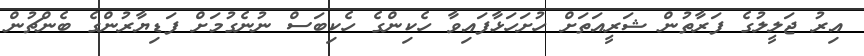
އިރު ޖަލީލުގެ ފަރާތުން ޝަރީއަތަށް ހުށަހަޅާފައިވާ ހެކިންގެ ހެކިބަސް ނުނެގުމަށް ފަޑިޔާރުންގެ ބެންޗުން